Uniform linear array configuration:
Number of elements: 32
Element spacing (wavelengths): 1
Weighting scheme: kaiser
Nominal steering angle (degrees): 45
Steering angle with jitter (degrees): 46.151
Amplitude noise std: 0.05
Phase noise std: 0.05

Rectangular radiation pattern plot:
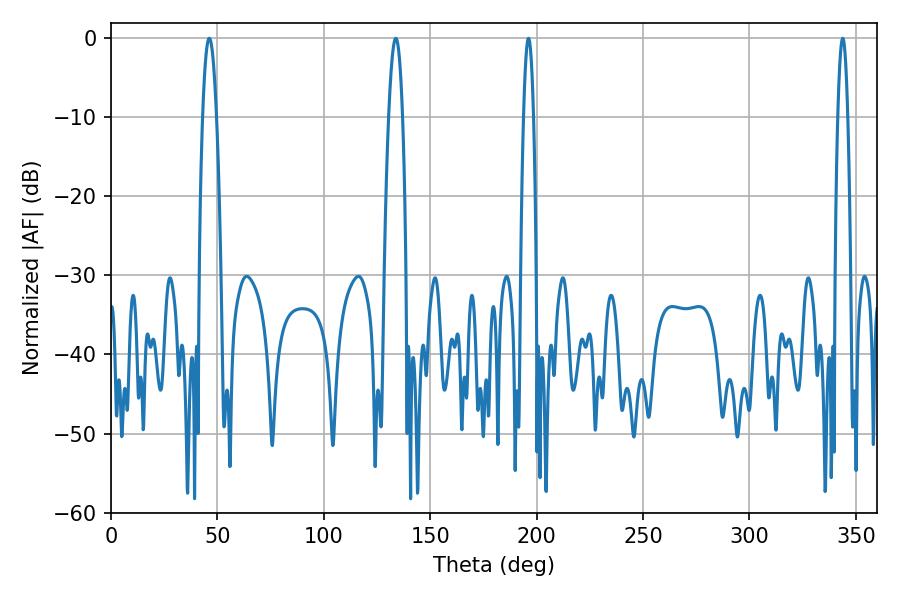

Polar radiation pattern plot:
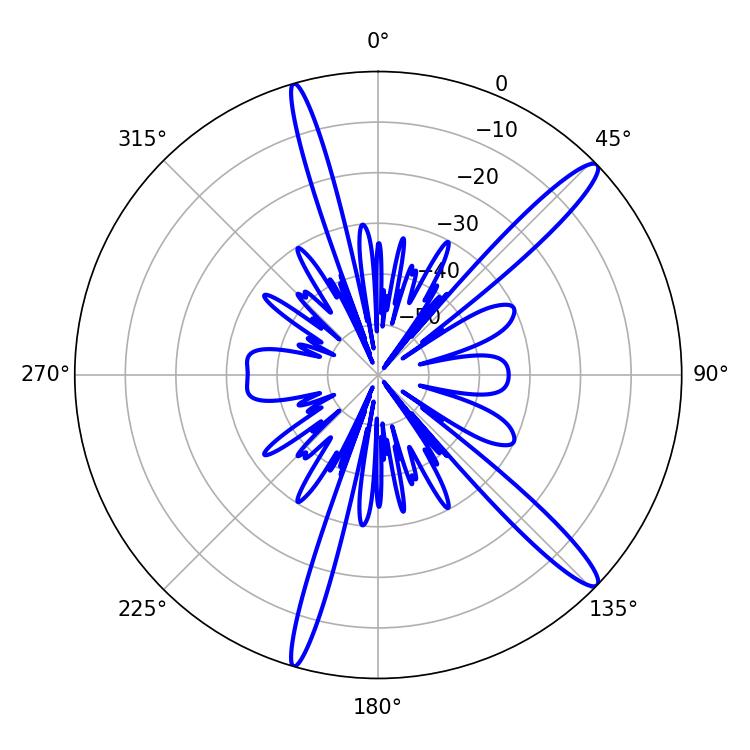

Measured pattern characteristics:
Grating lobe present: TRUE
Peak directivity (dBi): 14.488
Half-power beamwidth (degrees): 2.52
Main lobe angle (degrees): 343.8